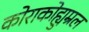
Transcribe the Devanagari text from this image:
कोराकोह्युम्रल